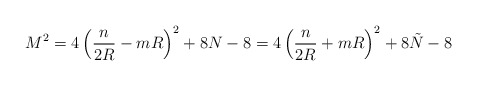
\begin{align*}M^2 = 4\left( \frac{n}{2R} - mR\right) ^2 + 8N -8 = 4\left( \frac{n}{2R} + mR\right)^2 + 8\tilde{N} -8\end{align*}